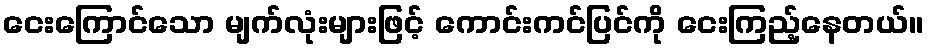
ငေးကြောင်သော မျက်လုံးများဖြင့် ကောင်းကင်ပြင်ကို ငေးကြည့်နေတယ်။